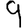
Digit: 9